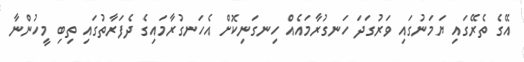
އޭގެ ތެރޭގައި ޔަމަނުގައި ވަރުގަދަ ހަނގުރާމައެއް ހިނގަނިކޮށް އެހަނގުރާމައިގެ ދެފަރާތުގައި ތިބި މީހުންނާ